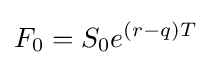
F_{0}=S_{0}e^{(r-q)T}